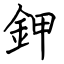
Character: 鉀